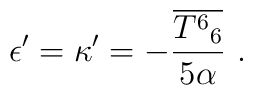
\epsilon' = \kappa' = -\frac{\overline{{T^6}_6}}{5\alpha}\ .